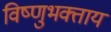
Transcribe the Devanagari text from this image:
विष्णुभक्ताय